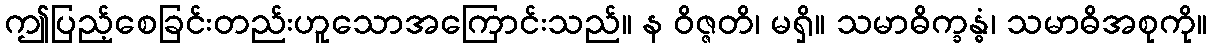
ဤပြည့်စေခြင်းတည်းဟူသောအကြောင်းသည်။ န ဝိဇ္ဇတိ၊ မရှိ။ သမာဓိက္ခန္ဓံ၊ သမာဓိအစုကို။